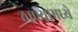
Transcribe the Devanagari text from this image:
ठाण्यामध्ये